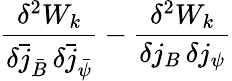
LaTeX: \frac{\delta^{2}W_{k}}{\delta\bar{j}_{\bar{B}}\, \delta\bar{j}_{\bar{\psi}}}-\frac{\delta^{2}W_{k}}{\delta j_{B}\, \delta j_{\psi}}